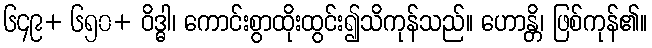
၆၄၉+ ၆၅၀+ ဝိဒ္ဓါ၊ ကောင်းစွာထိုးထွင်း၍သိကုန်သည်။ ဟောန္တိ၊ ဖြစ်ကုန်၏။